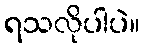
ရသလိုပါပဲ။